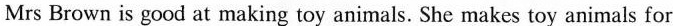
Mrs Brown is good at making toy animals. She makes toy animals for